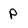
Character: P